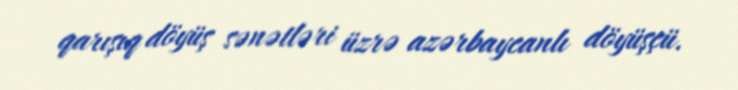
qarışıq döyüş sənətləri üzrə azərbaycanlı döyüşçü.